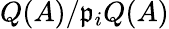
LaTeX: Q(A)/{\mathfrak{p}}_{i}Q(A)